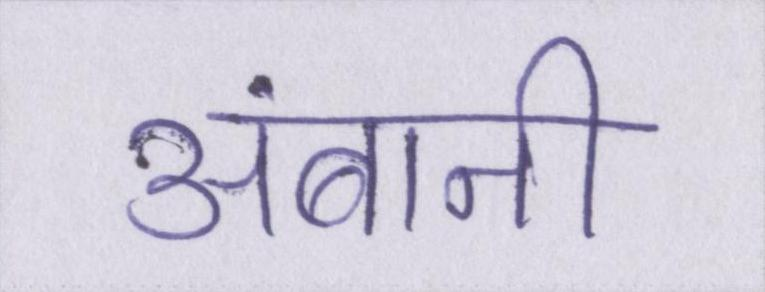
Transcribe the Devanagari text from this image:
अंबानी